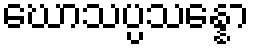
ဃောသပ္ပသန္နော